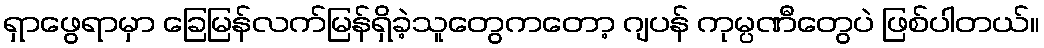
ရှာဖွေရာမှာ ခြေမြန်လက်မြန်ရှိခဲ့သူတွေကတော့ ဂျပန် ကုမ္ပဏီတွေပဲ ဖြစ်ပါတယ်။